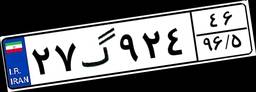
۲۷گ۹۲۴۴۶